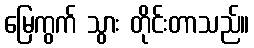
မြေကွက် သွား တိုင်းတာသည်။